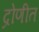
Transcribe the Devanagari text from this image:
द्रोणीत